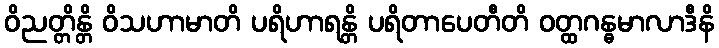
ဝိညတ္တိန္တိ ဝိသဟာမာတိ ပရိဟာရန္တိ ပရိတာပေတီတိ ဝတ္ထဂန္ဓမာလာဒီနိ